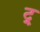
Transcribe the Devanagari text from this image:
ट्र्